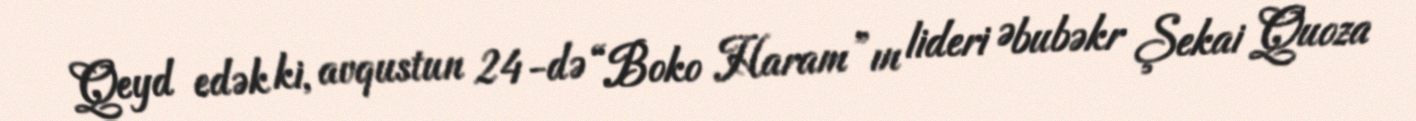
Qeyd edək ki, avqustun 24-də “Boko Haram”ın lideri Əbubəkr Şekai Quoza